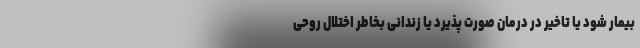
بیمار شود یا تاخیر در درمان صورت پذیرد یا زندانی بخاطر اختلال روحی